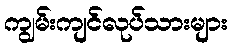
ကျွမ်းကျင်လုပ်သားများ